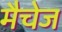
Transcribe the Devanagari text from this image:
मैचेज